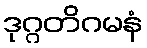
ဒုဂ္ဂတိဂမနံ